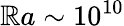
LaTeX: \mathbb{R}a\sim10^{10}